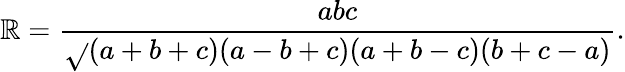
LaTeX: \mathbb{R}={\frac{{abc}}{{\sqrt{}{{(a+b+c)(a-b+c)(a+b-c)(b+c-a)}}}}}.